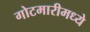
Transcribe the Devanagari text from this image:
गोटमारीमध्ये